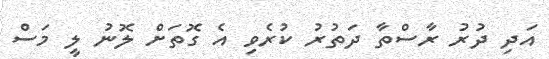
އަދި ދުރު ރާސްތާ ދަތުރު ކުރެވި އެ ގޮތަށް ލޮނު ލީ މަސް